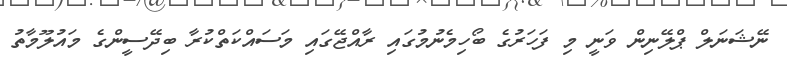
ނޭޝަނަލް ޕްލޭނިން ވަނީ މި ފަހަރުގެ ބޯހިމެނުމުގައި ރާއްޖޭގައި މަސައްކަތްކުރާ ބިދޭސީންގެ މައުލޫމާތު